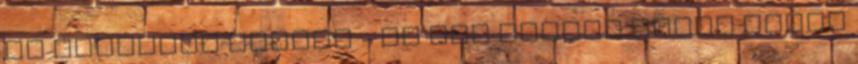
Én ugyanígy jártam - és még nagyon sokan mások